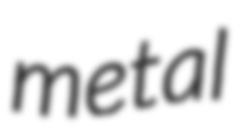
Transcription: metal